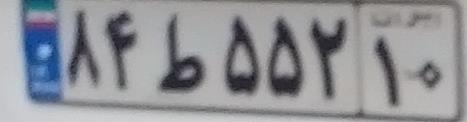
۸۴ط۵۵۲۱۰